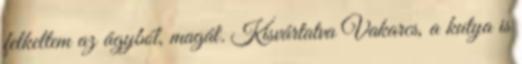
felkeltem az ágyból, magát. Kisvártatva Vakarcs, a kutya is